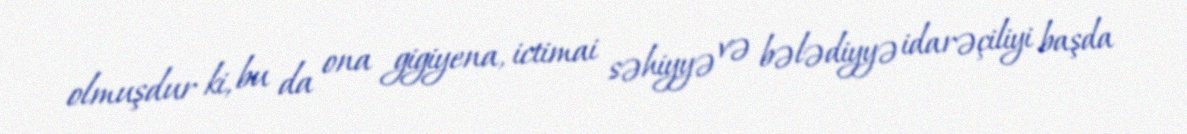
olmuşdur ki, bu da ona gigiyena, ictimai səhiyyə və bələdiyyə idarəçiliyi başda